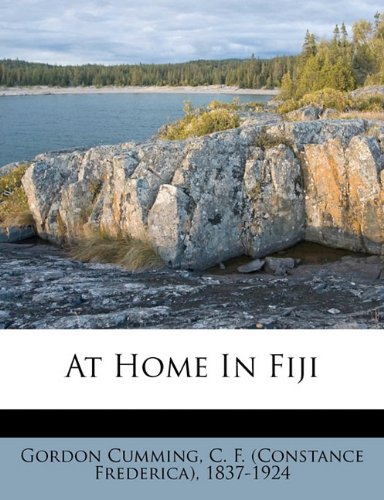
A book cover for At home in Fiji; History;